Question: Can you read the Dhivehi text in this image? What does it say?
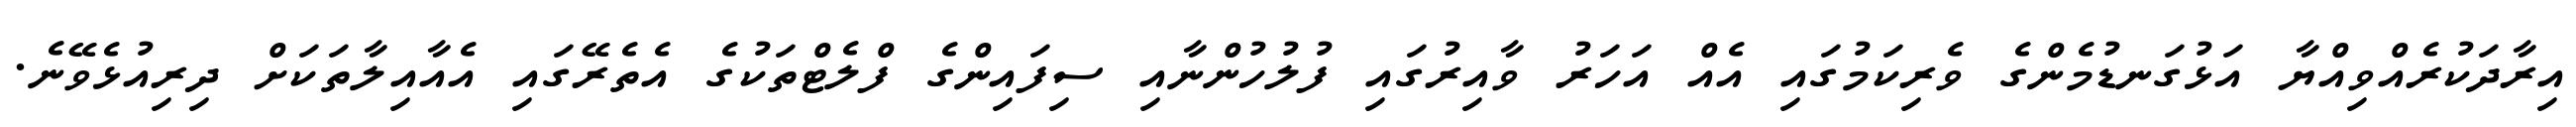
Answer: އިރާދަކުރެއްވިއްޔާ އަޅުގަނޑުމެންގެ ވެރިކަމުގައި އެއް އަހަރު ވާއިރުގައި ފުލުހުންނާއި ސިފައިންގެ ފްލެޓްތަކުގެ އެތެރޭގައި އެއާއިލާތަކަށް ދިރިއުޅެވޭނެ.